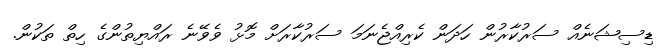
ޑިސިޝަނެއް ސަރުކާރުން ހަދަން ކެރިއްޖެނަމަ ސަރުކާރަށް މޮޅު ވެވޭނެ ރައްޔިތުންގެ ހިތް ތަކުން.